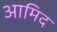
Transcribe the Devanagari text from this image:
आमिद